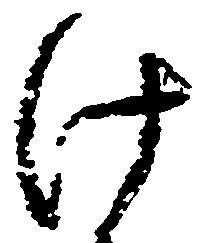
け